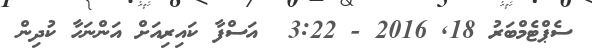
ސެޕްޓެމްބަރު 18